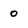
Character: o